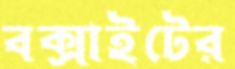
বক্সাইটের